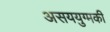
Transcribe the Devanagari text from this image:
असययुग्मकी